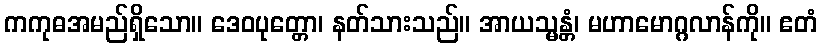
ကကုဓအမည်ရှိသော။ ဒေဝပုတ္တော၊ နတ်သားသည်။ အာယသ္မန္တံ၊ မဟာမောဂ္ဂလာန်ကို။ ဧတံ